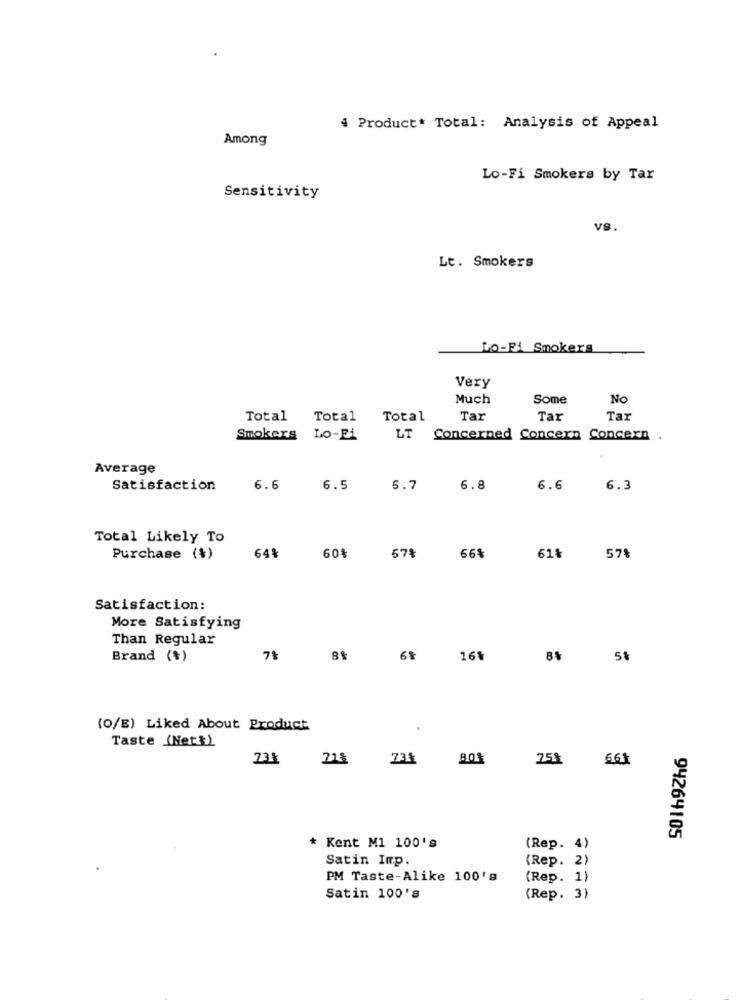
4 Product* Total: Analysis of Appeal
Among
Lo-Fi Smokers by Tar
Sensitivity
vs.
Lt. Smokers
LO-Fi Smokers
Very
Much
Some
No
Total
Total
Total
Tar
Tar
Tar
Smokers Lo-Fi
LT
Concerned Concern Concern .
Average
Satisfaction
6.6
6.5
5.7
6.8
6.6
6.3
Total Likely To
Purchase (%)
64%
60
57%
66%
61%
57%
Satisfaction:
More Satisfying
Than Regular
Brand (*)
71
6%
16%
(O/E) Liked About Product
Taste (Net&)
23%
218
738
258
661
94264105
* Kent M1 100's
(Rep. 4)
Satin Imp.
(Rep. 2)
PM Taste-Alike 100's
(Rep. 1)
Satin 100's
(Rep. 3)